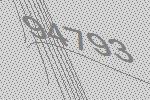
94793